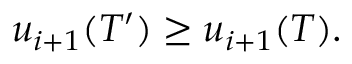
u _ { i + 1 } ( T ^ { \prime } ) \geq u _ { i + 1 } ( T ) .